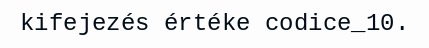
kifejezés értéke codice_10.